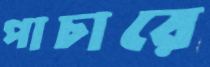
পাচারে